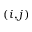
( i , j )